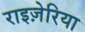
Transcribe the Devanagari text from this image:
राइज़ेरिया